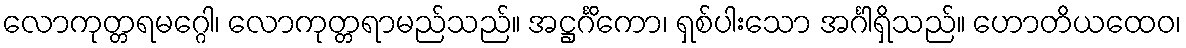
လောကုတ္တရမဂ္ဂေါ၊ လောကုတ္တရာမည်သည်။ အဋ္ဌင်္ဂိကော၊ ရှစ်ပါးသော အင်္ဂါရှိသည်။ ဟောတိယထေဝ၊